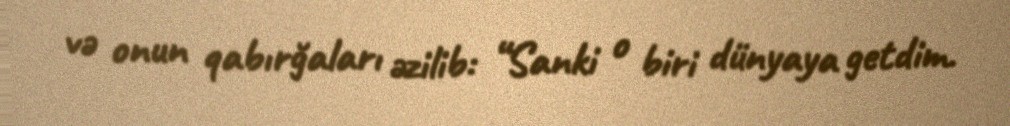
və onun qabırğaları əzilib: “Sanki o biri dünyaya getdim.